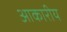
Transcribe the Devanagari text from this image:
आकारीय